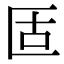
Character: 𠤳